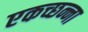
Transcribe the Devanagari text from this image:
एकच्छन्ना